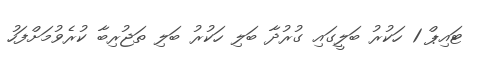
ޓައިޕް 1 ހަކުރު ބަލީގައި ގުރުދާ ބަލި ހަކުރު ބަލި ތަޖުރިބާ ކުރެވުމަށްފަހު